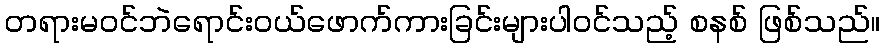
တရားမဝင်ဘဲရောင်းဝယ်ဖောက်ကားခြင်းများပါဝင်သည့် စနစ် ဖြစ်သည်။